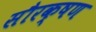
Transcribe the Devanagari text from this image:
सौरक्षण